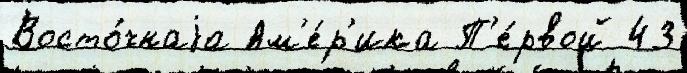
Восто́чнаjа Ам'е́р'ика П'е́рвой 43